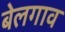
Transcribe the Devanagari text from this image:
बेलगाव